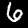
Label: 6